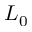
L _ { 0 }